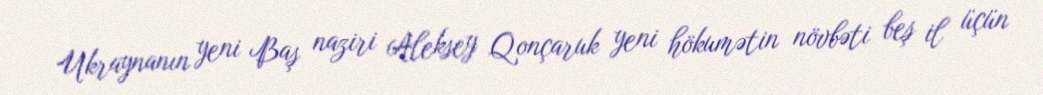
Ukraynanın yeni Baş naziri Aleksey Qonçaruk yeni hökumətin növbəti beş il üçün